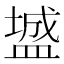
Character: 𪾓